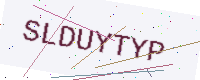
Text: SLDUYTYP